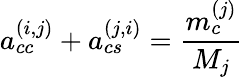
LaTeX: a_{cc}^{(i,j)}+a_{cs}^{(j,i)}=\frac{m_{c}^{(j)}}{M_{j}}